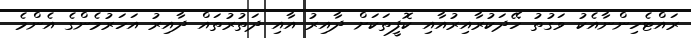
ރައްޓެހިންނާއެކު ވަގުތު ހޭދަކުރާއިރުއާއި ކޮފީތަކަށް ދާއިރު އާއި ދަތުރުތައް ދާއިރު އަހަރުމެންގެ އެންމެ